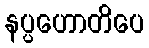
နပ္ပဟောတိပေ